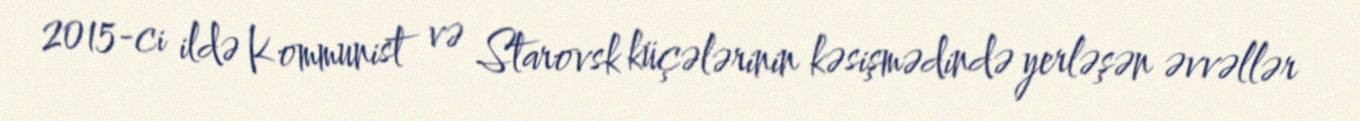
2015-ci ildə Kommunist və Starovsk küçələrinin kəsişmədində yerləşən əvvəllər